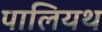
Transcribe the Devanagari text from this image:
पालियथ